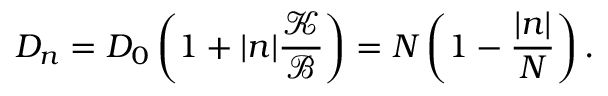
D _ { n } = D _ { 0 } \left( 1 + | n | \frac { \mathcal { K } } { \mathcal { B } } \right) = N \left( 1 - \frac { | n | } { N } \right) .